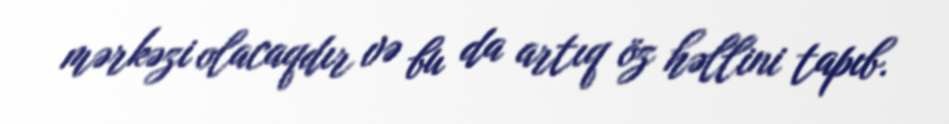
mərkəzi olacaqdır və bu da artıq öz həllini tapıb.